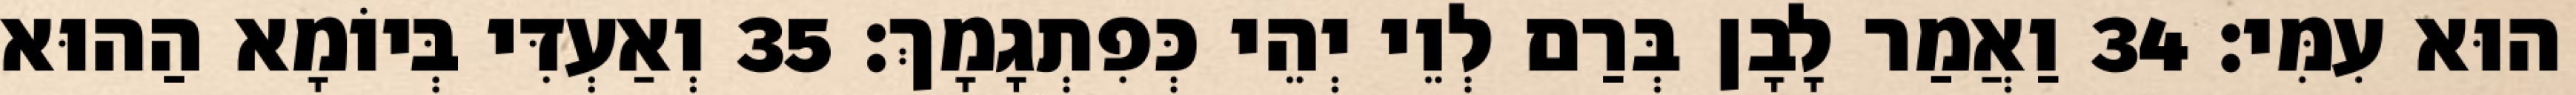
הוּא עִמִּי׃ 34 וַאֲמַר לָבָן בְּרַם לְוֵי יְהֵי כְּפִתְגָמָךְ׃ 35 וְאַעְדִּי בְּיוֹמָא הַהוּא